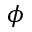
\phi